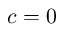
c = 0